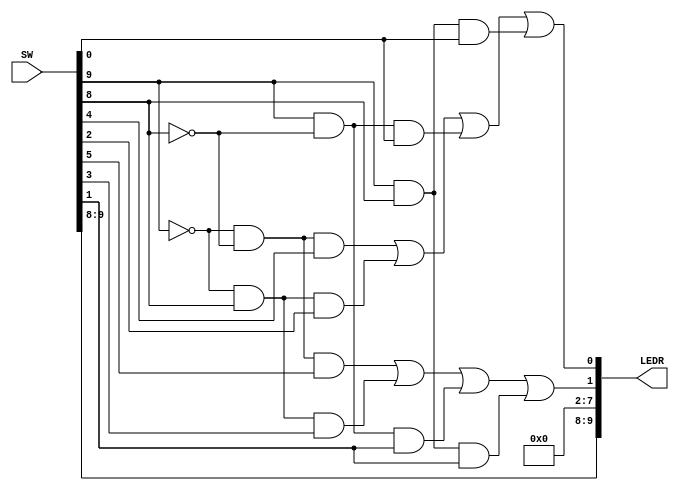
//
// ============================================================
// Laboratory: 		Lab 1 - Part 3 - Digital Logic
// Description:		2 Select Multiplexer
// By:			K. walsh
//

// Top Level Module
module lab1part3 (
	input [9:0] SW,
	output [9:0] LEDR);
//

	assign LEDR[9] = SW[9];	//s1
	assign LEDR[8] = SW[8];	//s0
	
	assign LEDR[0] = (~SW[9] & ~SW[8] & SW[4]) | (~SW[9] & SW[8] & SW[2]) | (SW[9] & ~SW[8] & SW[0]) | (SW[9] & SW[8] & SW[0]); 
	assign LEDR[1] = (~SW[9] & ~SW[8] & SW[5]) | (~SW[9] & SW[8] & SW[3]) | (SW[9] & ~SW[8] & SW[1]) | (SW[9] & SW[8] & SW[1]);
	//(~s1&~s0&u0)|(~s1&s0&v0)|(s1&~s0&w0)|(s1&s0&w0)
	//(~s1&~s0&u1)|(~s1&s0&v1)|(s1&~s0&w1)|(s1&s0&w1)

	assign LEDR[7:2] = 0; //turn off LEDs 7-2

endmodule